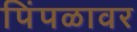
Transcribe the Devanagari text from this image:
पिंपळावर